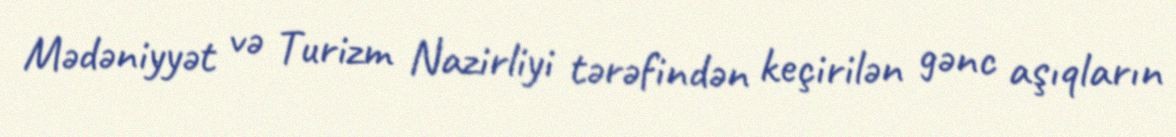
Mədəniyyət və Turizm Nazirliyi tərəfindən keçirilən gənc aşıqların